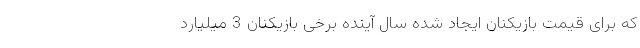
که برای قیمت بازیکنان ایجاد شده سال آینده برخی بازیکنان 3 میلیارد